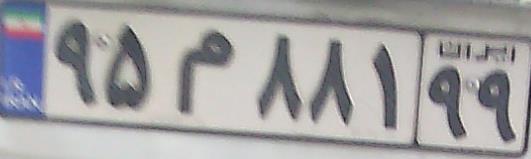
۹۵م۸۸۱۹۹